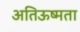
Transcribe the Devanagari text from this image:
अतिऊष्मता